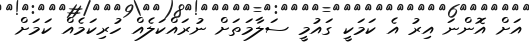
އަށް އޮންނަ އިރު އެ ކަމަކީ ގައުމީ ސަލާމަތަށް ނުރައްކަލެއް ހުރިކަމެއް ކަމަށް